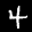
Label: 4